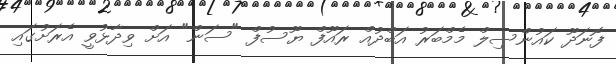
ފޮނަދޫ ކައުންސިލް މެމްބަރު އަބްދުއް ރައޫފް ޔޫސުފް "ސަން" އަށް ވިދާޅުވީ އެރަށުގައި